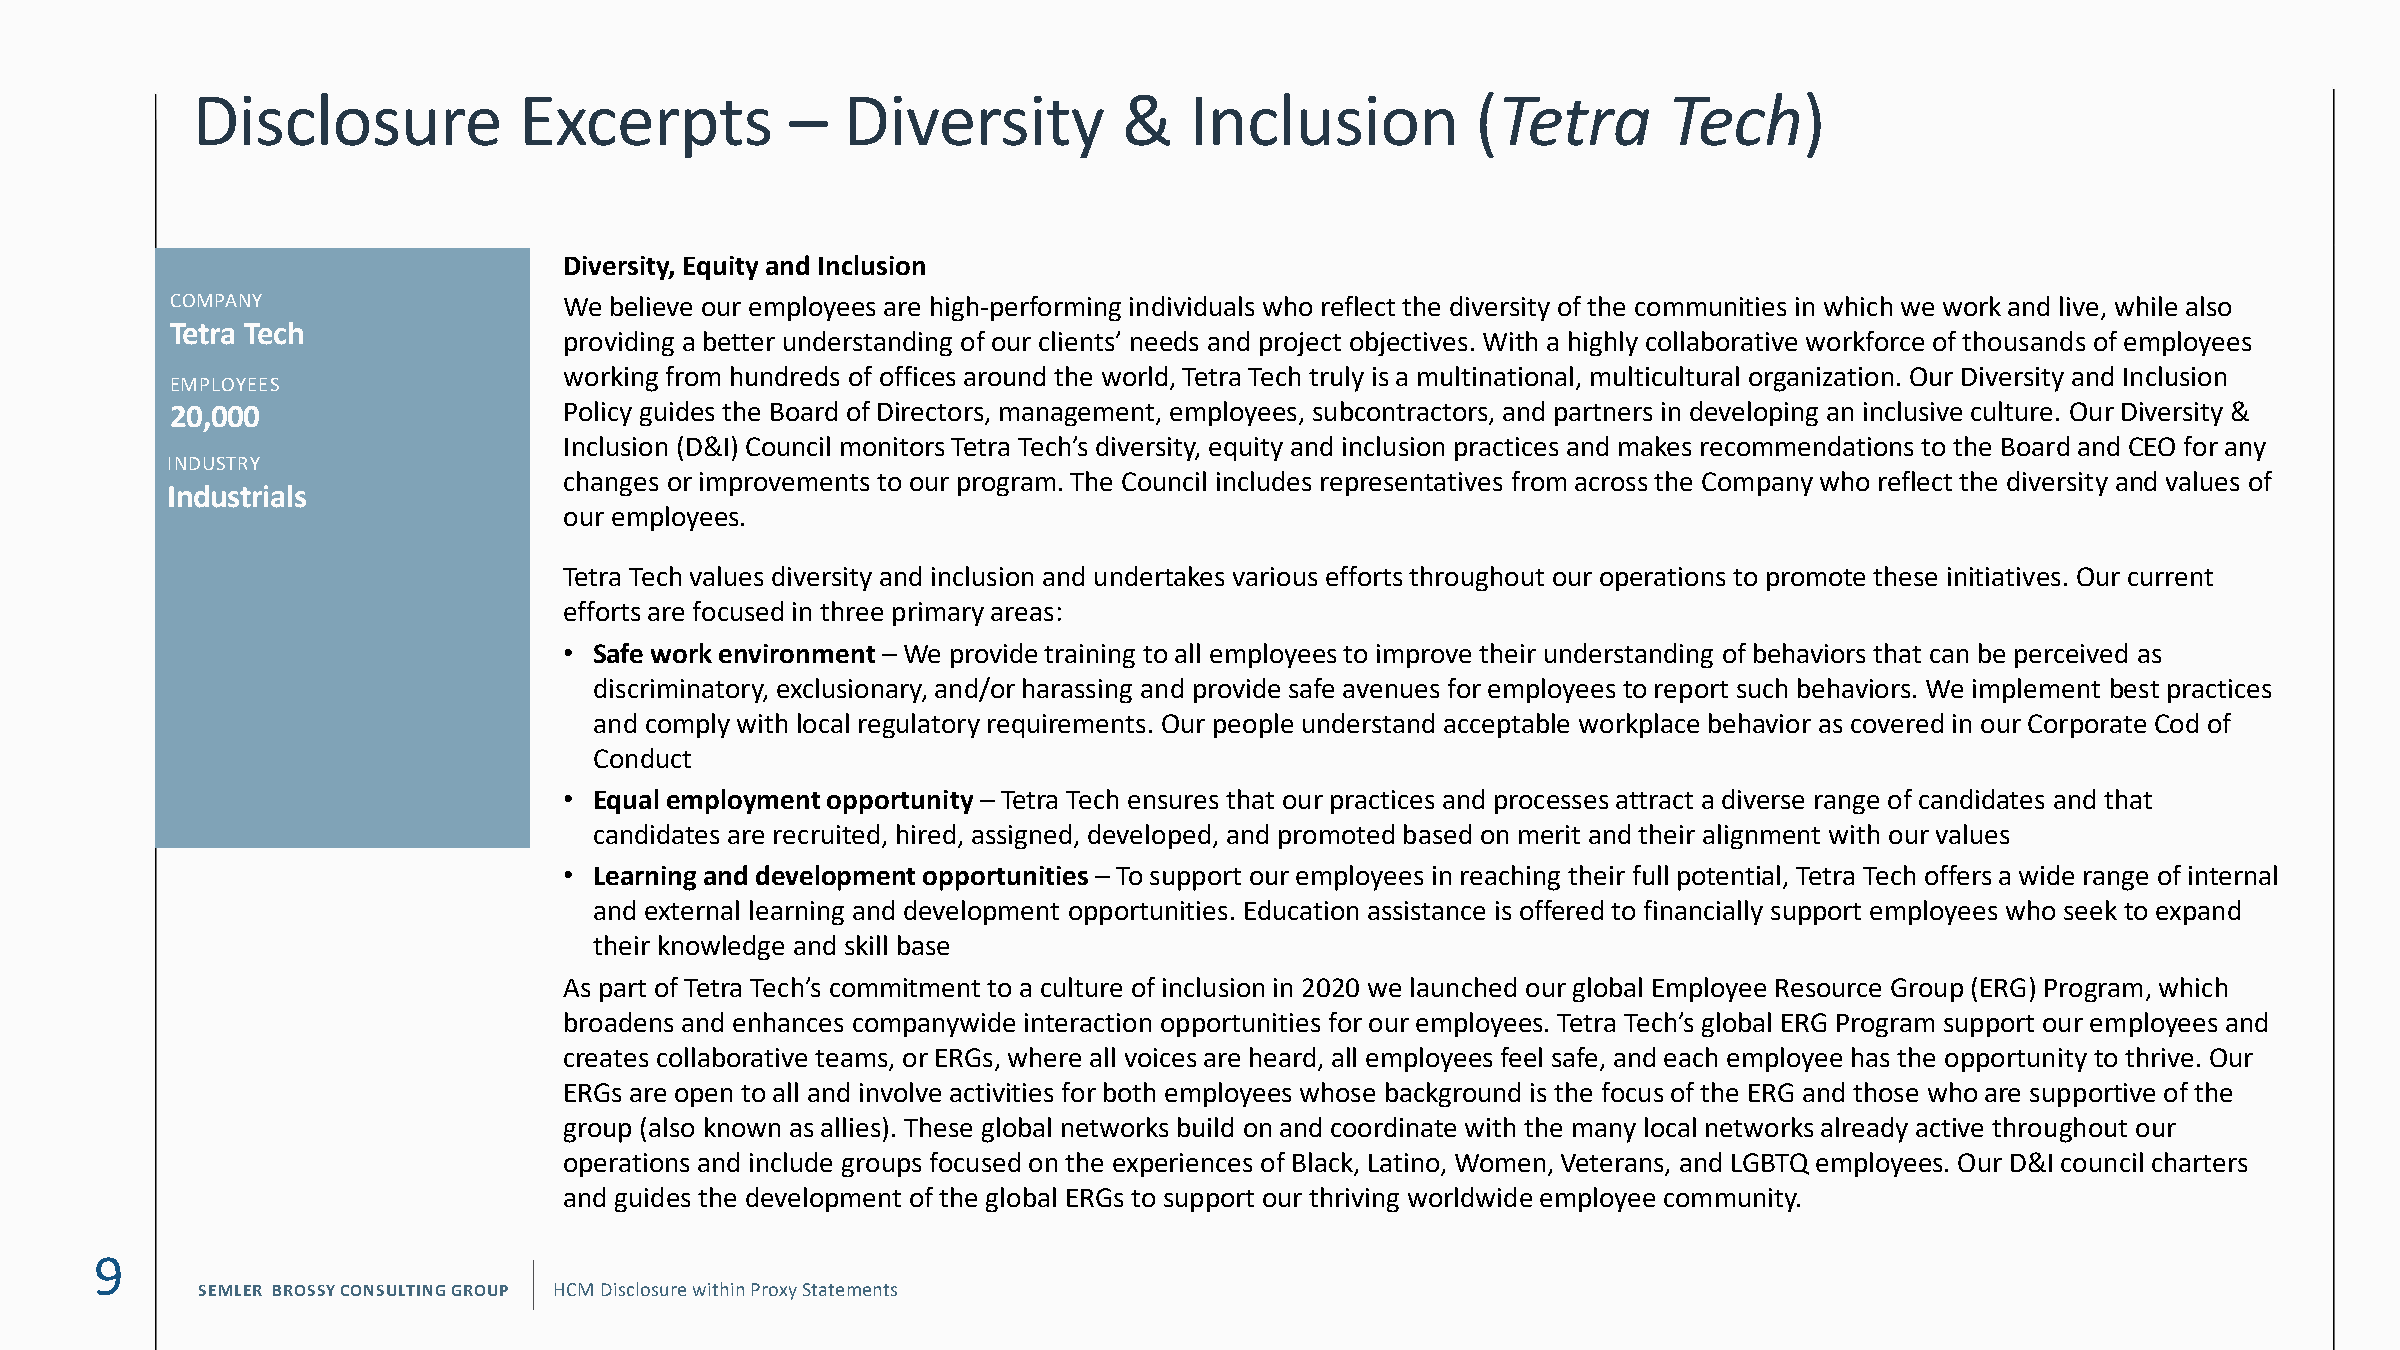
Disclosure           Excerpts          –   Diversity         &    Inclusion          (Tetra      Tech)
 Diversity, Equity and Inclusion
 WEX
 COMPANY
 COMPANY                   We believe our employees are high-performing individuals who reflect the diversity of the communities in which we work and live, while also
 Tetra Tech                providing a better understanding of our clients’ needs and projeFIcLItN oGb6/je2c9t/i2v0es. With a highly collaborative workforce of thousands of employees
 EMPLOYEES
 working from hundreds of offices around the world, Tetra Tec Fh
 Y
 Et Dru ATl Ey 1is2 /a3 1multinational, multicultural organization. Our Diversity and Inclusion
 20,000                    Policy guides the Board of Directors, management, employees, subcontractors, and partners in developing an inclusive culture. Our Diversity &
 INDUSTRY Information Technology
 Inclusion (D&I) Council monitors Tetra Tech’s diversity, equity and inclusion practices and makes recommendations to the Board and CEO for any
 INDUSTRY
 changes or improvements to our program. The Council includes representatives from across the Company who reflect the diversity and values of
 Industrials
 our employees.
 Tetra Tech values diversity and inclusion and undertakes various efforts throughout our operations to promote these initiatives. Our current
 efforts are focused in three primary areas:
 • Safe work environment – We provide training to all employees to improve their understanding of behaviors that can be perceived as
 discriminatory, exclusionary, and/or harassing and provide safe avenues for employees to report such behaviors. We implement best practices
 and comply with local regulatory requirements. Our people understand acceptable workplace behavior as covered in our Corporate Cod of
 Conduct
 • Equal employment opportunity – Tetra Tech ensures that our practices and processes attract a diverse range of candidates and that
 candidates are recruited, hired, assigned, developed, and promoted based on merit and their alignment with our values
 • Learning and development opportunities – To support our employees in reaching their full potential, Tetra Tech offers a wide range of internal
 and external learning and development opportunities. Education assistance is offered to financially support employees who seek to expand
 their knowledge and skill base
 As part of Tetra Tech’s commitment to a culture of inclusion in 2020 we launched our global Employee Resource Group (ERG) Program, which
 broadens and enhances companywide interaction opportunities for our employees. Tetra Tech’s global ERG Program support our employees and
 creates collaborative teams, or ERGs, where all voices are heard, all employees feel safe, and each employee has the opportunity to thrive. Our
 ERGs are open to all and involve activities for both employees whose background is the focus of the ERG and those who are supportive of the
 group (also known as allies). These global networks build on and coordinate with the many local networks already active throughout our
 operations and include groups focused on the experiences of Black, Latino, Women, Veterans, and LGBTQ employees. Our D&I council charters
 and guides the development of the global ERGs to support our thriving worldwide employee community.
 9
 SEMLER BROSSY CONSULTING GROUP HCM Disclosure within Proxy Statements